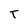
Character: T